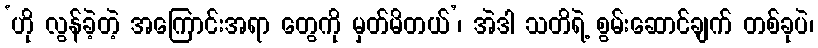
‘ဟို လွန်ခဲ့တဲ့ အကြောင်းအရာ တွေကို မှတ်မိတယ်’၊ အဲဒါ သတိရဲ့ စွမ်းဆောင်ချက် တစ်ခုပဲ၊